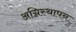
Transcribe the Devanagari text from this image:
अग्निस्थापन